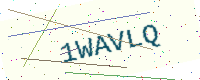
Text: 1WAVLQ